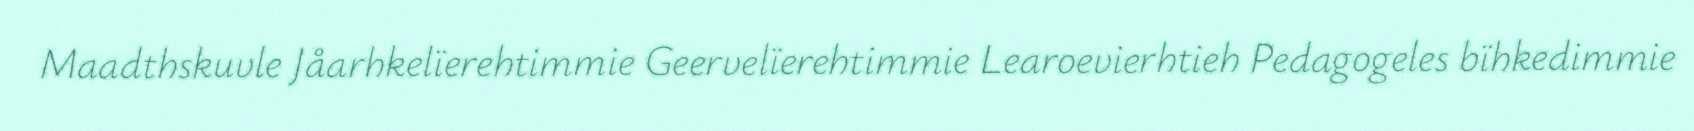
Maadthskuvle Jåarhkelïerehtimmie Geervelïerehtimmie Learoevierhtieh Pedagogeles bïhkedimmie